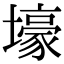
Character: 壕